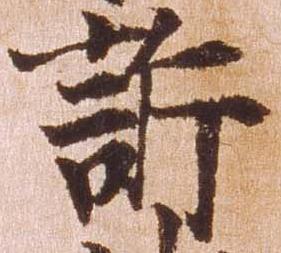
許